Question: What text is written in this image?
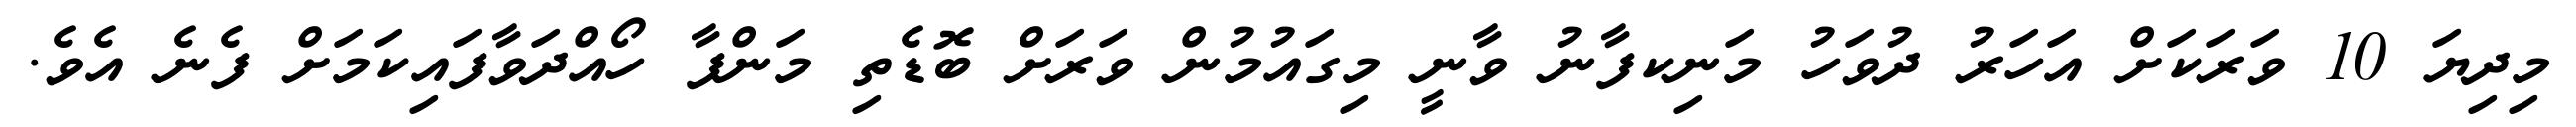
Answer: މިދިޔަ 10 ވަރަކަށް އަހަރު ދުވަހު މަނިކފާނު ވާނީ މިގައުމުން ވަރަށް ބޮޑެތި މަންފާ ހޯއްދަވާފައިކަމަށް ފެނެ އެވެ.